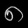
Digit: ၈